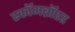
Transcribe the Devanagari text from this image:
स्कॉमब्रॉएड